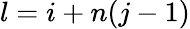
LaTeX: l=i+n(j-1)